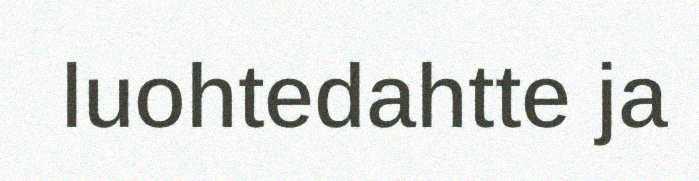
luohtedahtte ja